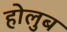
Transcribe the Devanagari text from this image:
होलुब